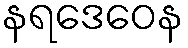
နရဒေဝေန